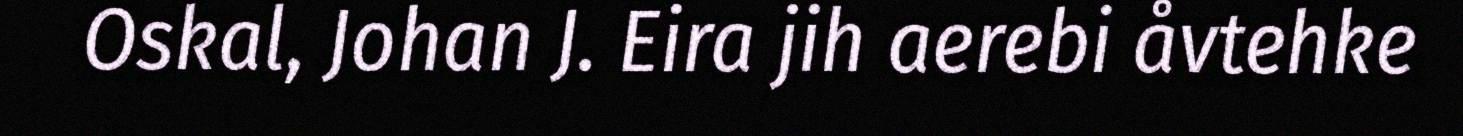
Oskal, Johan J. Eira jih aerebi åvtehke